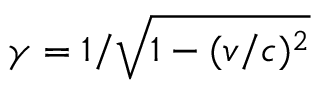
\gamma = 1 / { \sqrt { 1 - ( v / c ) ^ { 2 } } }